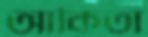
আকিতা